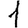
Digit: 1